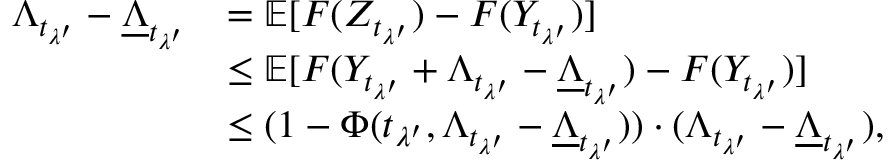
\begin{array} { r l } { \Lambda _ { t _ { \lambda ^ { \prime } } } - \underline { { \Lambda } } _ { t _ { \lambda ^ { \prime } } } } & { = \mathbb { E } [ F ( Z _ { t _ { \lambda ^ { \prime } } } ) - F ( Y _ { t _ { \lambda ^ { \prime } } } ) ] } \\ & { \le \mathbb { E } [ F ( Y _ { t _ { \lambda ^ { \prime } } } + \Lambda _ { t _ { \lambda ^ { \prime } } } - \underline { { \Lambda } } _ { t _ { \lambda ^ { \prime } } } ) - F ( Y _ { t _ { \lambda ^ { \prime } } } ) ] } \\ & { \le ( 1 - \Phi ( t _ { \lambda ^ { \prime } } , \Lambda _ { t _ { \lambda ^ { \prime } } } - \underline { { \Lambda } } _ { t _ { \lambda ^ { \prime } } } ) ) \cdot ( \Lambda _ { t _ { \lambda ^ { \prime } } } - \underline { { \Lambda } } _ { t _ { \lambda ^ { \prime } } } ) , } \end{array}